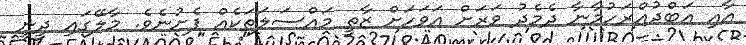
އާއި އަބްދުއްރަހުމާނާ ދެމެދު ވަރަށް އަވަހަށް ޒާތީ މައްސަލަތަކެއް ފެށުނެވެ. މާލޭގައިި ދީނީ